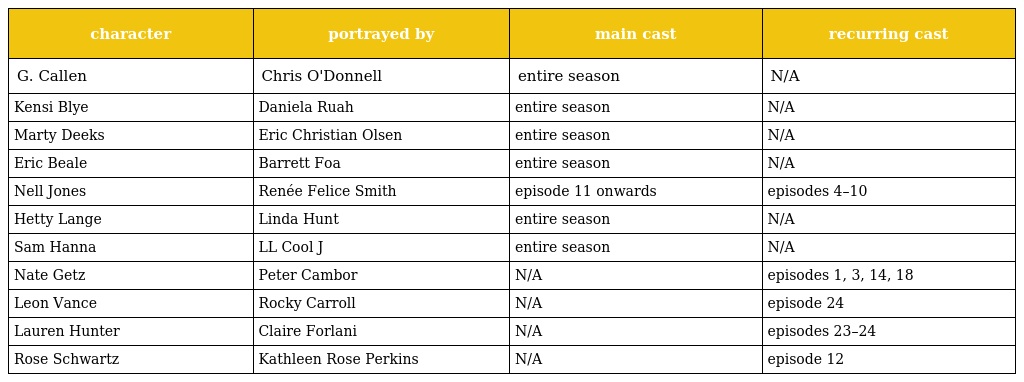
| character | portrayed by | main cast | recurring cast |
 | --- | --- | --- | --- |
 | G. Callen | Chris O'Donnell | entire season | N/A |
 | Kensi Blye | Daniela Ruah | entire season | N/A |
 | Marty Deeks | Eric Christian Olsen | entire season | N/A |
 | Eric Beale | Barrett Foa | entire season | N/A |
 | Nell Jones | Renée Felice Smith | episode 11 onwards | episodes 4–10 |
 | Hetty Lange | Linda Hunt | entire season | N/A |
 | Sam Hanna | LL Cool J | entire season | N/A |
 | Nate Getz | Peter Cambor | N/A | episodes 1, 3, 14, 18 |
 | Leon Vance | Rocky Carroll | N/A | episode 24 |
 | Lauren Hunter | Claire Forlani | N/A | episodes 23–24 |
 | Rose Schwartz | Kathleen Rose Perkins | N/A | episode 12 |